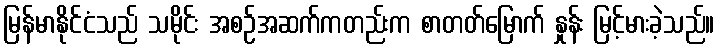
မြန်မာနိုင်ငံသည် သမိုင်း အစဉ်အဆက်ကတည်းက စာတတ်မြောက် နှုန်း မြင့်မားခဲ့သည်။